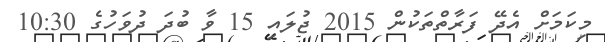
މިކަމަށް އެދޭ ފަރާތްތަކުން 2015 ޖުލައި 15 ވާ ބުދަ ދުވަހުގެ 10:30